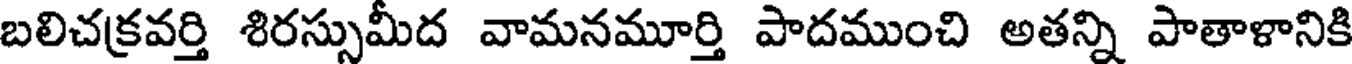
బలిచక్రవర్తి శిరస్సుమీద వామనమూర్తి పాదముంచి అతన్ని పాతాళానికి